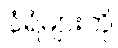
နံရံများကို